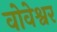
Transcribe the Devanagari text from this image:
वोवेश्वर